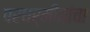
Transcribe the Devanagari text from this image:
परधर्मीयांचा